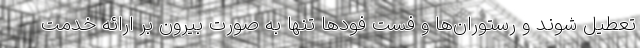
تعطیل شوند و رستوران‌ها و فست فودها تنها به صورت بیرون بر ارائه خدمت